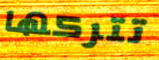
تتركها